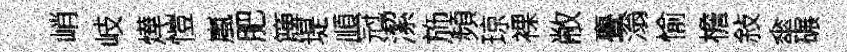
峭岐燁愷嵐肥簰堤順冠潔斾頻琼裸敝亹滃愉檐敍傘碾